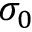
\sigma _ { 0 }